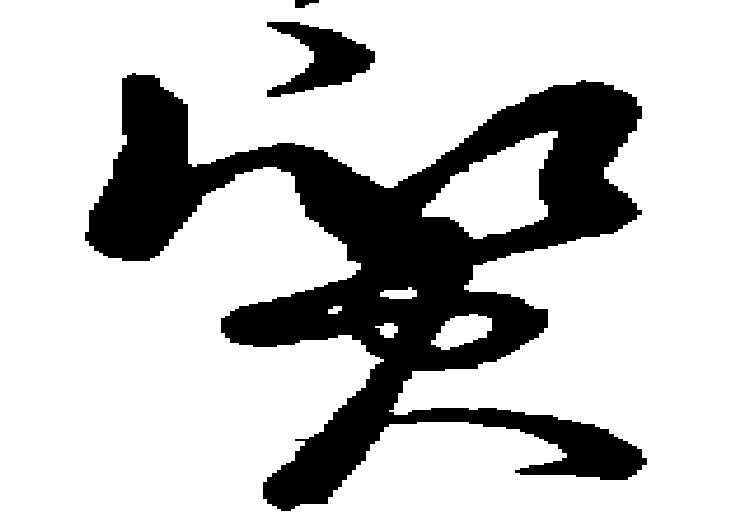
質